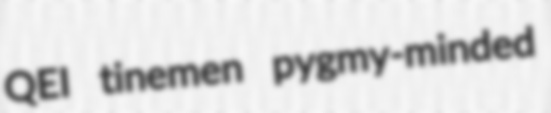
QEI tinemen pygmy-minded